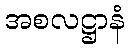
အစလဋ္ဌာနံ